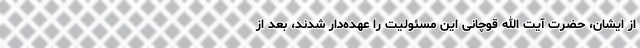
از ایشان، حضرت آیت الله قوچانی این مسئولیت را عهده‌دار شدند، بعد از